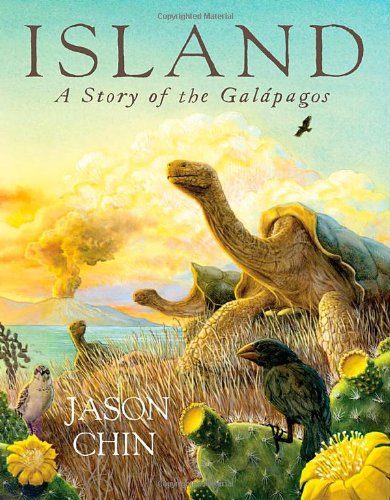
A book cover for Island: A Story of the GalÃ¡pagos; Jason Chin; Children's Books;